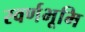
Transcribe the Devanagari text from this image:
स्वर्णभूमि